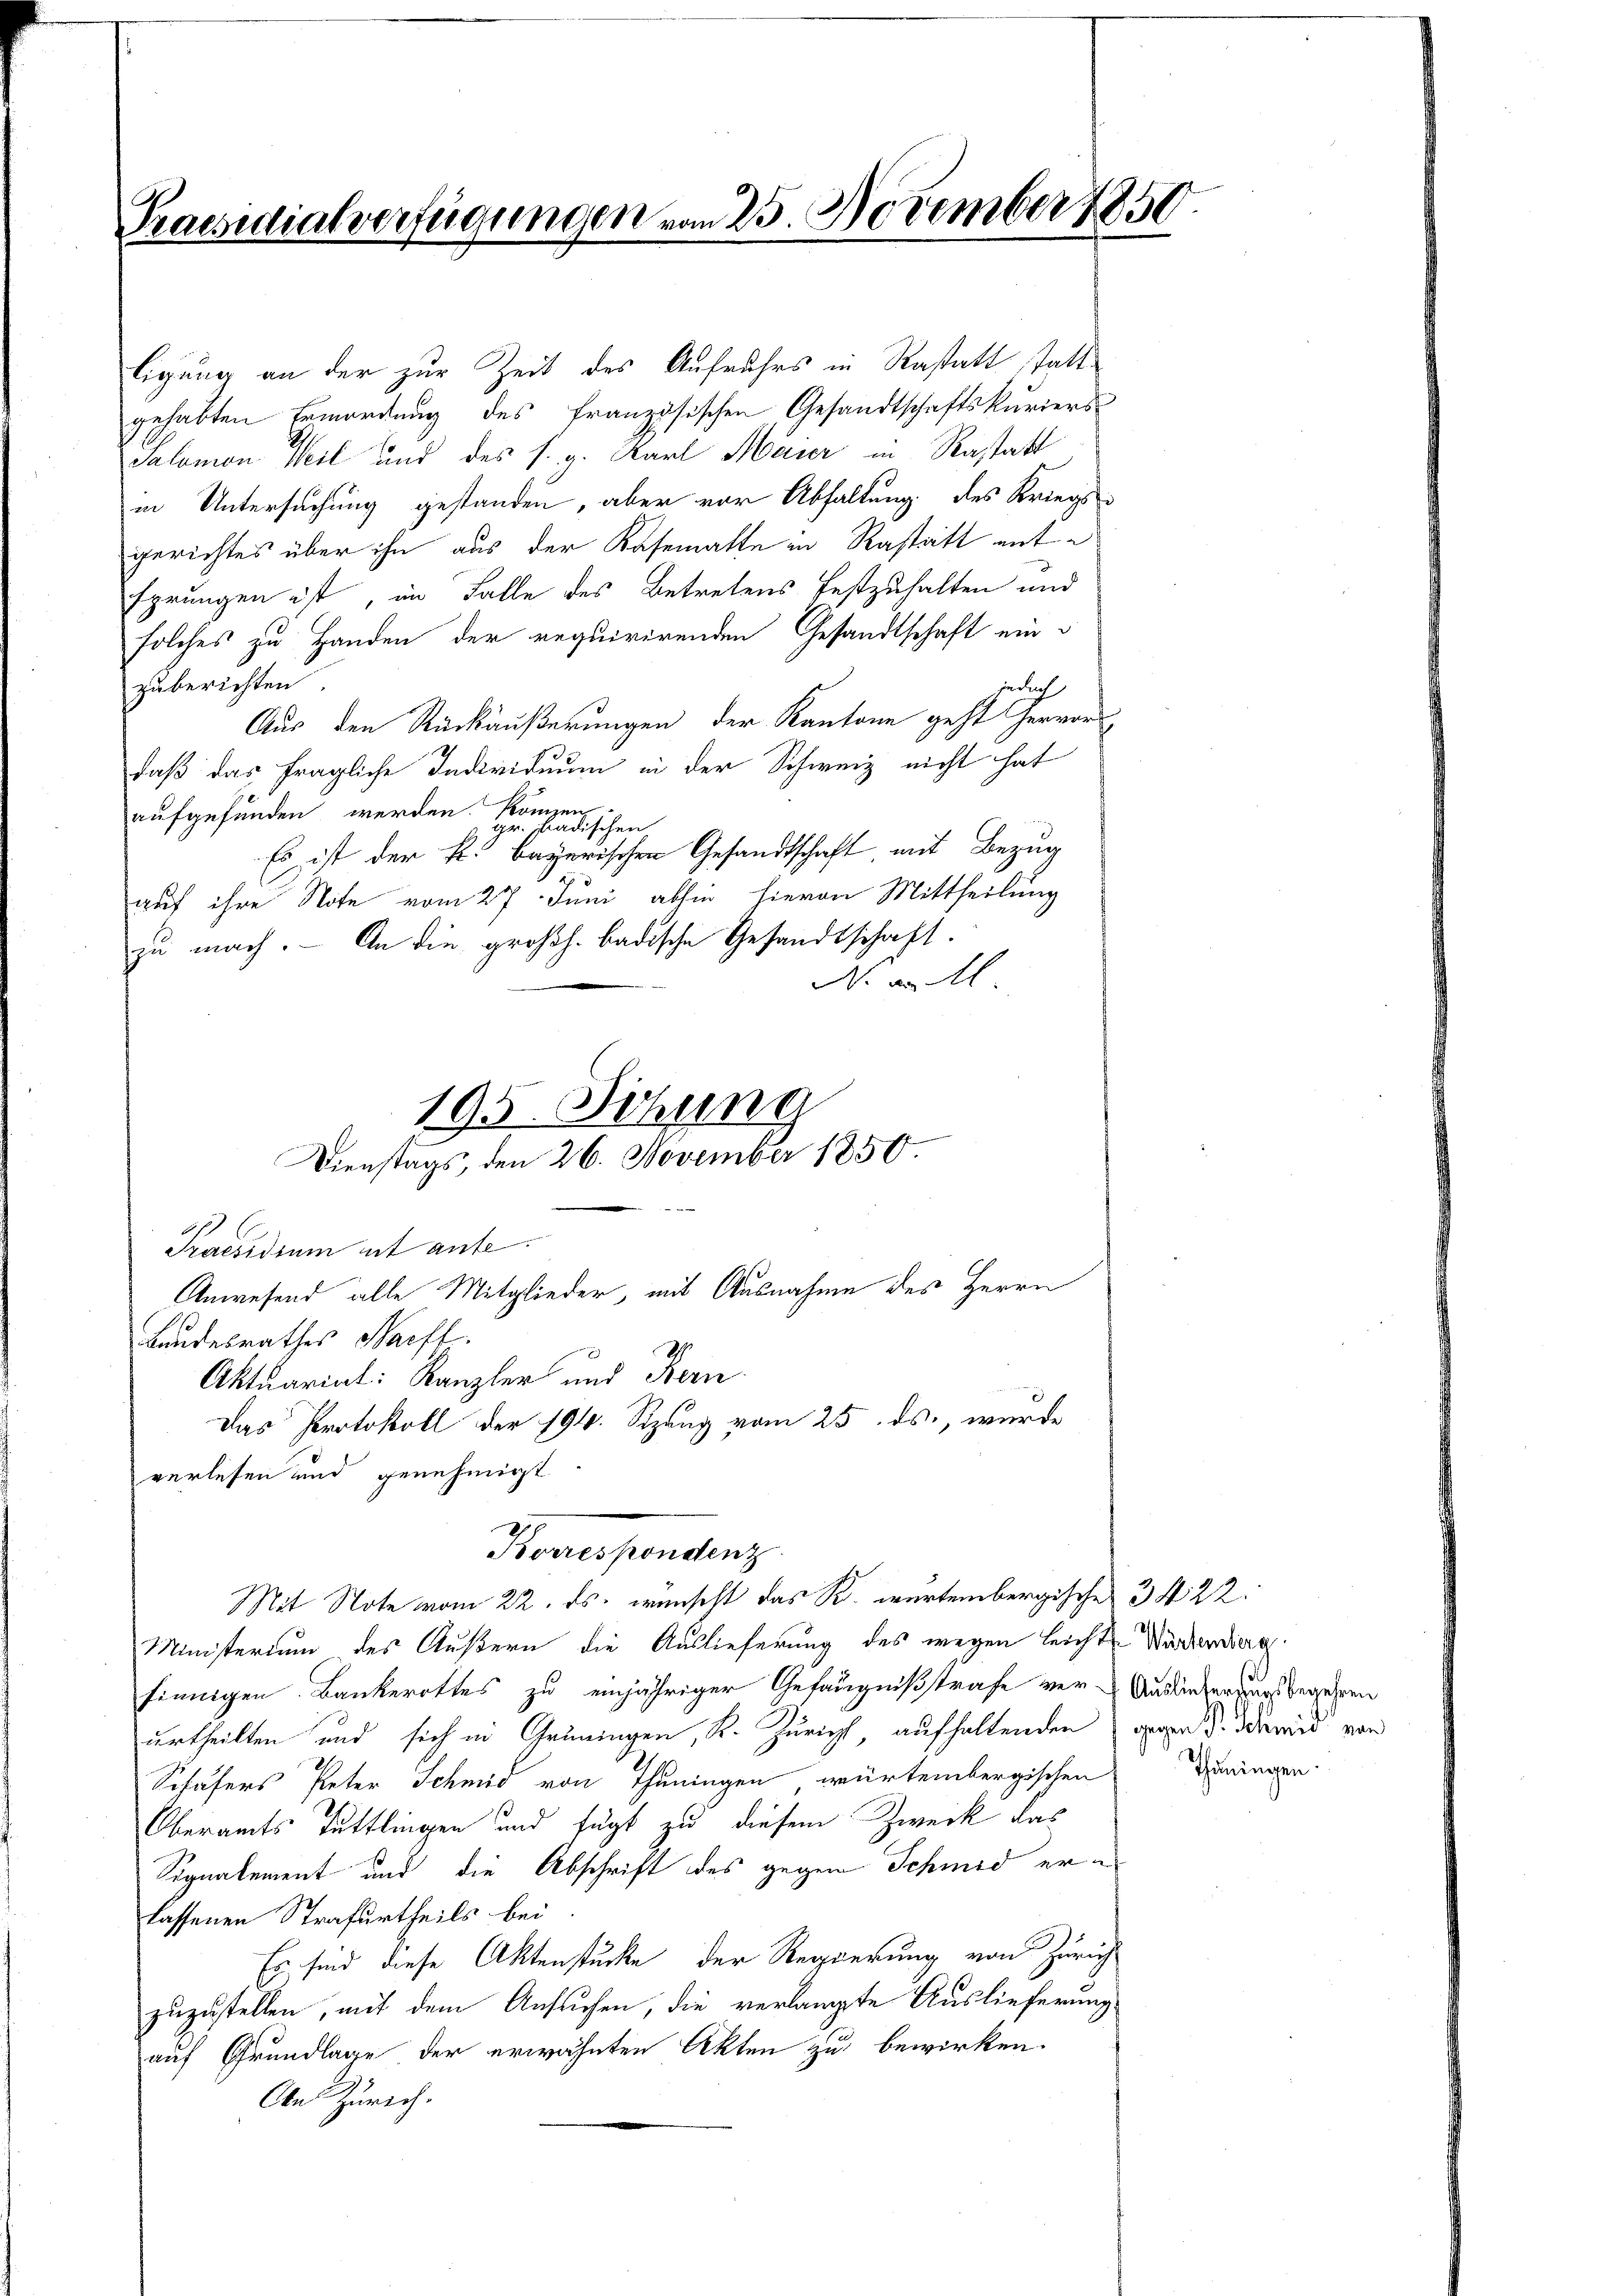
Praesidialverfügungen vom 25. November 1850

zuberichten
aufgefunden werden. Konzen
gr. Badischen
Es ist der k. bayerischen Gesandtschaft mit Bezug
auf ihre Note vom 27. Juni abhin hievon Mittheilung
zu mach. - An die großh. badische Gesandtschaft.
No 1
195. Sitzung
Dienstags, den 26. November 1850.
Praesidium ist aufe
Anwesend alle Mitglieder, mit Ausnahme des Herrn
Landesrathes Harft.
2.
Aktuariat: Kanzler und Bern
Das Protokoll der 194. Sizung vom 25. ds., wurde
verlesen und genehmigt
Korrespondenz
Mit Note vom 22. ds. wünscht das K. wartembergisches 34 22:
Ministerium des Äußern die Auslieferung des wegen leichte Werdendiera
finnigen Bankerottes zu einjähriger Gefängnißstrafe ver-Auslieferungs begehren
urtheilten und sich in Grüningen, Kt. Züricht, aufhaltenden od. wird von
Schäfers Peter Schmid von Thuningen würtembergischen Dringen
Oberamts Tuttlingen und fügt zu diesem Zweck das
Signalement und die Abschrift des gegen Schmid er a
lassenen Strafurtheils bei.
Es sind diese Aktenstücke der Regierung von Zürich
zuzustellen, mit dem Ansuchen, die verlangte Auslieferung
auf Grundlage der erwähnten Akten zu bewirken.
An Zürich.

ligung an der zur Zeit des Aufruhrs in Rastatt stattgehabten Ermordung des französischen Gesandtschaftskuriers-
Salomon Weil und des s. g. Karl Marier in Rastatt
in Untersuchung gestanden, aber vor Abhaltung des Kriegs-
gerichtes über ihn aus der Kasematte in Rastatt mit¬
Eprungen ist, im Falle des Betretens festzuhalten und
solches zu Handen der requirirenden Gesandtschaft ein
jedoch
Aus den Rückäußerungen der Kantone geht hervor
daß das fragliche Individuum in der Schweiz nicht hat